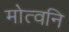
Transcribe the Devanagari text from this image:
मोत्वनि